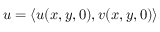
\boldsymbol { u } = \langle u ( x , y , 0 ) , v ( x , y , 0 ) \rangle